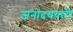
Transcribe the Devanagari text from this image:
जनोदयकरी